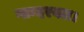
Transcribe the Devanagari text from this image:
गान्दरबल।